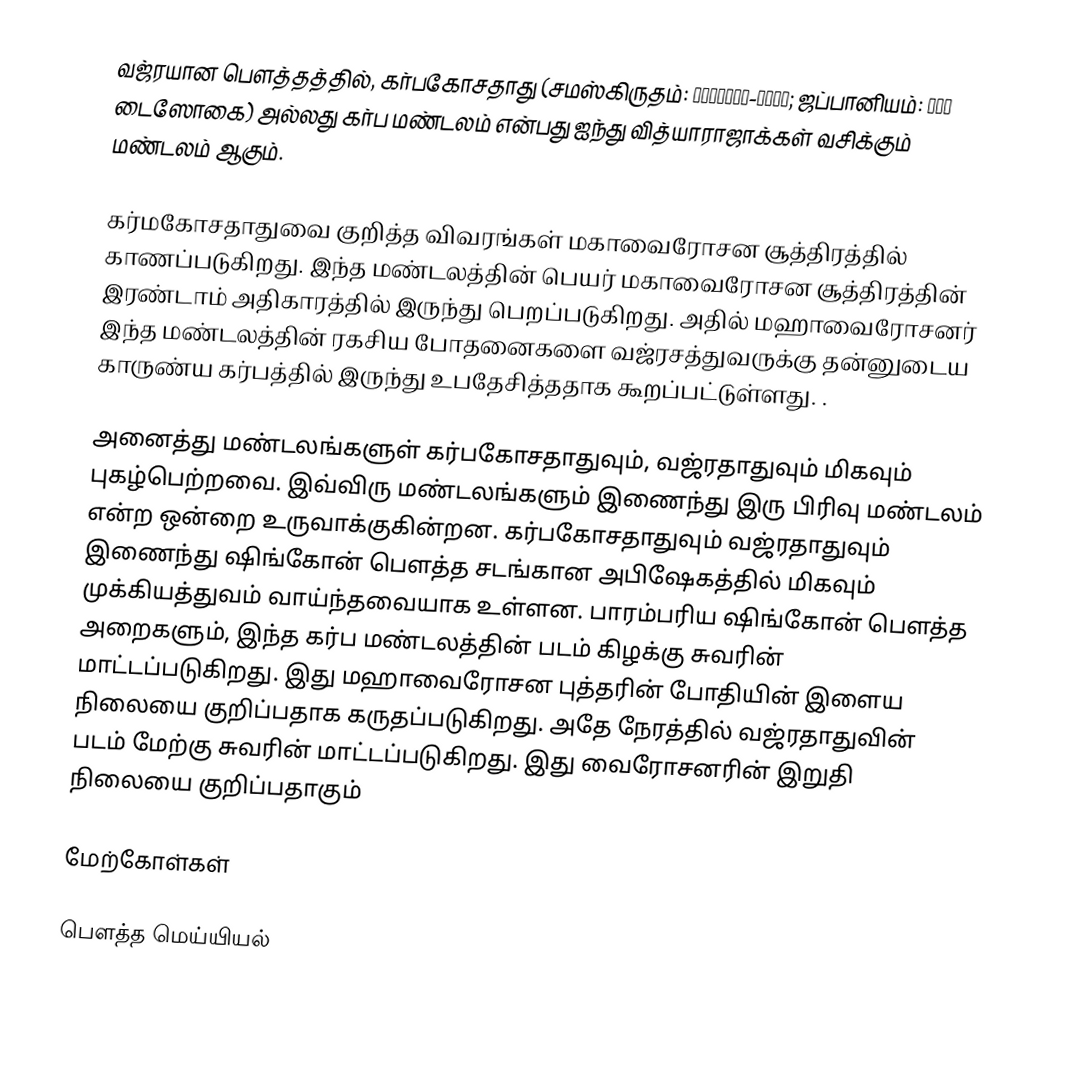
வஜ்ரயான பௌத்தத்தில், கர்பகோசதாது (சமஸ்கிருதம்: गर्भकोस-धातु; ஜப்பானியம்: 胎蔵界 டைஸோகை) அல்லது கர்ப மண்டலம் என்பது ஐந்து வித்யாராஜாக்கள் வசிக்கும் மண்டலம் ஆகும்.

கர்மகோசதாதுவை குறித்த விவரங்கள் மகாவைரோசன சூத்திரத்தில் காணப்படுகிறது. இந்த மண்டலத்தின் பெயர் மகாவைரோசன சூத்திரத்தின் இரண்டாம் அதிகாரத்தில் இருந்து பெறப்படுகிறது. அதில் மஹாவைரோசனர் இந்த மண்டலத்தின் ரகசிய போதனைகளை வஜ்ரசத்துவருக்கு தன்னுடைய காருண்ய கர்பத்தில் இருந்து உபதேசித்ததாக கூறப்பட்டுள்ளது. .

அனைத்து மண்டலங்களுள் கர்பகோசதாதுவும், வஜ்ரதாதுவும் மிகவும் புகழ்பெற்றவை. இவ்விரு மண்டலங்களும் இணைந்து இரு பிரிவு மண்டலம் என்ற ஒன்றை உருவாக்குகின்றன. கர்பகோசதாதுவும் வஜ்ரதாதுவும் இணைந்து ஷிங்கோன் பௌத்த சடங்கான அபிஷேகத்தில் மிகவும் முக்கியத்துவம் வாய்ந்தவையாக உள்ளன. பாரம்பரிய ஷிங்கோன் பௌத்த அறைகளும், இந்த கர்ப மண்டலத்தின் படம் கிழக்கு சுவரின் மாட்டப்படுகிறது. இது மஹாவைரோசன புத்தரின் போதியின் இளைய நிலையை குறிப்பதாக கருதப்படுகிறது.  அதே நேரத்தில் வஜ்ரதாதுவின் படம் மேற்கு சுவரின் மாட்டப்படுகிறது. இது வைரோசனரின் இறுதி நிலையை குறிப்பதாகும்

மேற்கோள்கள்

பௌத்த மெய்யியல்